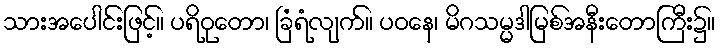
သားအပေါင်းဖြင့်။ ပရိဝုတော၊ ခြံရံလျက်။ ပဝနေ၊ မိဂသမ္မဒါမြစ်အနီးတောကြီး၌။